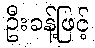
ဦးခန့်ဖြင့်